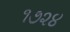
૧૭૨૪